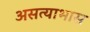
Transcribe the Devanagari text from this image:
असत्याभास